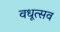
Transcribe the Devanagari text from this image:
वधूत्सव